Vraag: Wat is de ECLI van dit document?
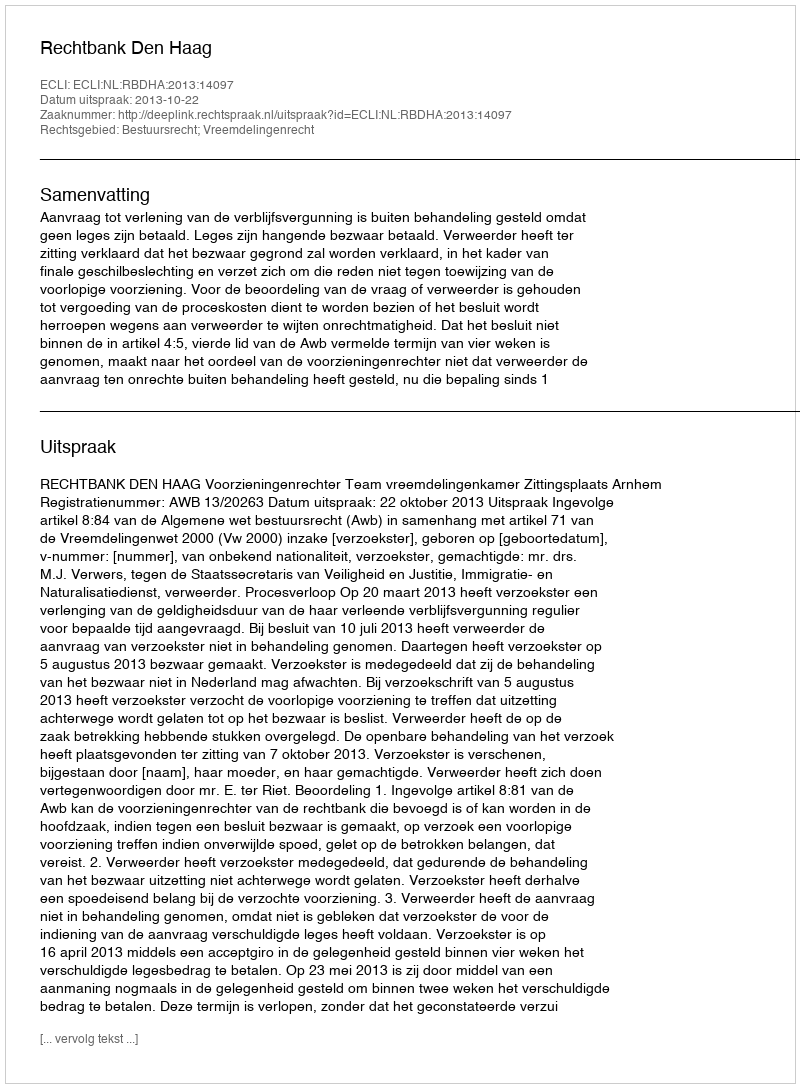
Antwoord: ECLI:NL:RBDHA:2013:14097